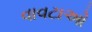
વાવટાઓ